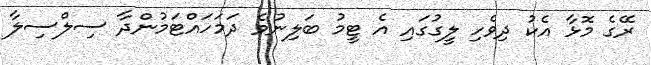
ރޭގެ މޮޅާ އެކު ދިވެހި ލީގުގައި އެ ޓީމު ބަލިނުވެ ދަމަހައްޓަމުންދާ ސިލްސިލާ